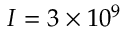
I = 3 \times 1 0 ^ { 9 }